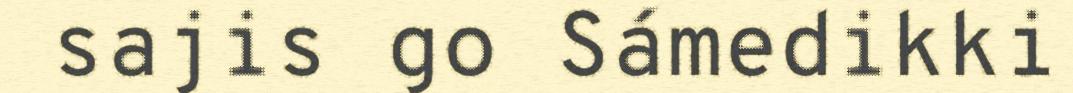
sajis go Sámedikki